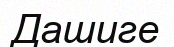
Дашиге